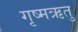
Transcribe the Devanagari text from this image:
गृष्‍मऋतु